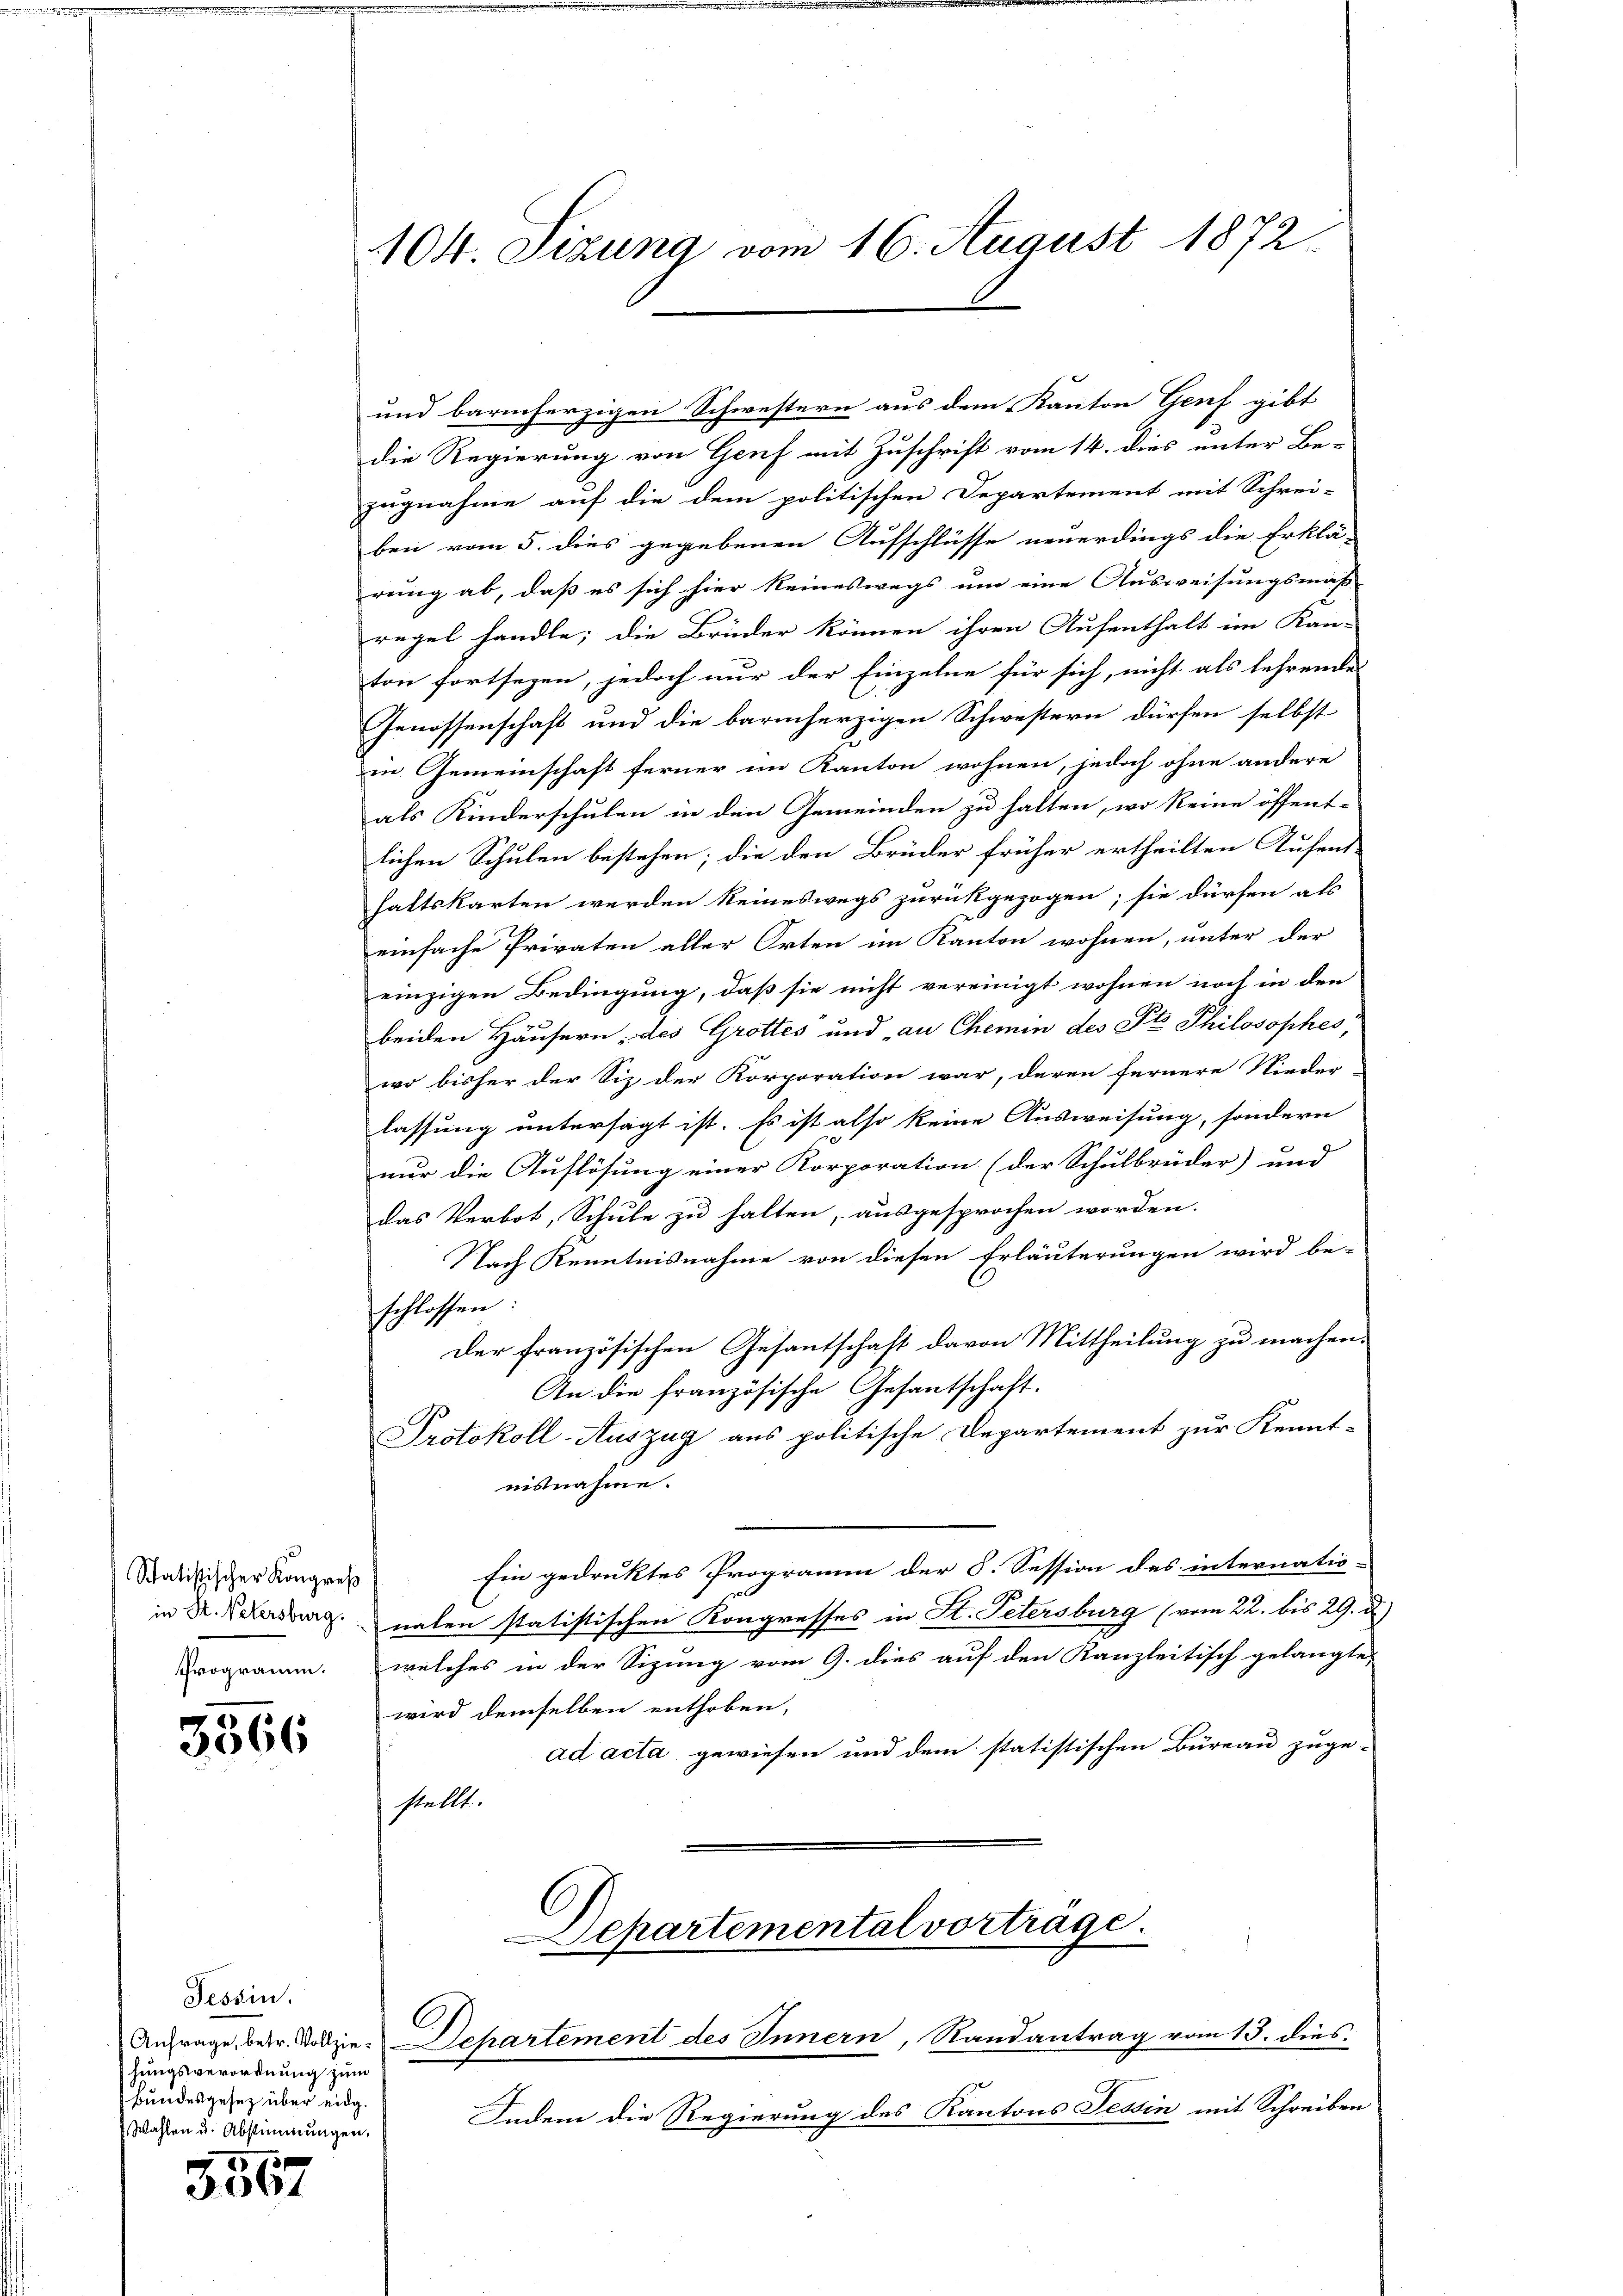
Statistischer Kongreß
Programm.

3566

Tessin.
hungsverordnung zum
Bundesgesetz über eidg.
Wahlen u. Abstimmungen,

3567

104. Sizung vom 16. August 1872.

und barmherzigen Schwestern aus dem Kanton Genf gibt |
die Regierung von Genf mit Zuschrift vom 14. dies unter Be-
zugnahme auf die dem politischen Departement mit Schrei-
ben vom 5. dies gegebenen Aufschlüsse neuerdings die Erklä-
rung ab, daß es sich hier keineswegs um eine Ausweisungsmaß-
regel handle; die Brüder können ihren Aufenthalt im Kan-
ton fortsezen, jedoch nur der Einzelne für sich, nicht als lehrendes
Genossenschaft und die barmherzigen Schwestern dürfen selbst
in Gemeinschaft ferner im Kanton wohnen, jedoch ohne andere
als Kinderschulen in den Gemeinden zu halten, wo keine öffent-
lichen Schulen bestehen; die den Brüder früher ertheilten Aufent-
haltskarten werden keineswegs zurückgezogen; sie dürfen als
einfache Privaten aller Orten im Kanton wohnen, unter der
einzigen Bedingung, daß sie nicht vereinigt wohnen noch in den
beiden Häusern, des Grottes und au Chemin des St. Philosophes,
wo bisher der Siz der Korporation war, deren fernere Nieder
lassung untersagt ist. Es ist also keine Ausweisung, sondern
nur die Auflösung einer Korporation (der Schulbrüder) und
das Verbot, Schule zu halten, ausgesprochen worden.
Nach Kenntnisnahme von diesen Erläuterungen wird be-
schlossen.
Der französischen Gesantschaft davon Mittheilung zu machen.
An die französische Gesantschaft.
Protokoll-Auszug aus politische Departement zur Kennt-
nisnahme.
Ein gedruktes Programm der S. Session des internatio-
in Nr. Versburg nahen statistischen Kongresses in St. Petersburg (vom 22. bis 29. d.)
welches in der Sizung vom 9. dies auf den Kanzleitisch gelangte
wird demselben enthoben,
ad acta gewiesen und dem statistischen Bureau zuge-
stellt.
Separtemental vorträge.
d

C
Anfrage betr. Vollzie-Departement des Innern, Randantrag vom 15. dies

Indem die Regierung des Kantons Tessin mit Schreiben